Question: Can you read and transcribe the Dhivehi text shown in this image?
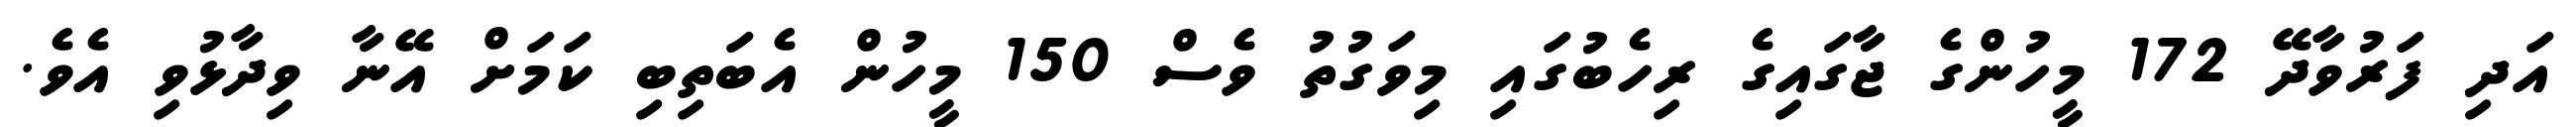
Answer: އަދި ފަރުވާދޭ 172 މީހުންގެ ޖާގައިގެ ރިހެބުގައި މިވަގުތު ވެސް 150 މީހުން އެބަތިބި ކަމަށް އޭނާ ވިދާޅުވި އެވެ.